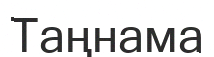
Таңнама